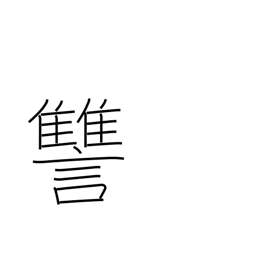
Meaning: revenge